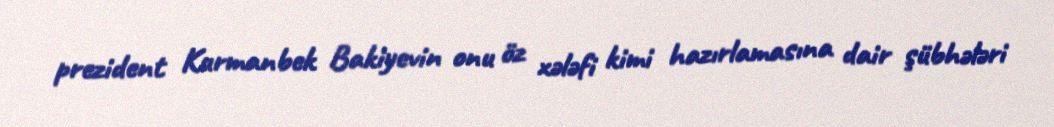
prezident Kurmanbek Bakiyevin onu öz xələfi kimi hazırlamasına dair şübhələri